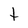
Character: t